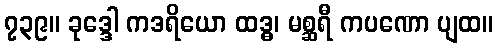
၇၃၉။ ခုဒ္ဒေါ ကဒရိယော ထဒ္ဓ၊ မစ္ဆရီ ကပဏော ပျထ။